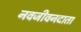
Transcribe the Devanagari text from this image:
नवजीवनदाता